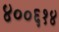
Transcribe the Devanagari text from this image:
४००६१४